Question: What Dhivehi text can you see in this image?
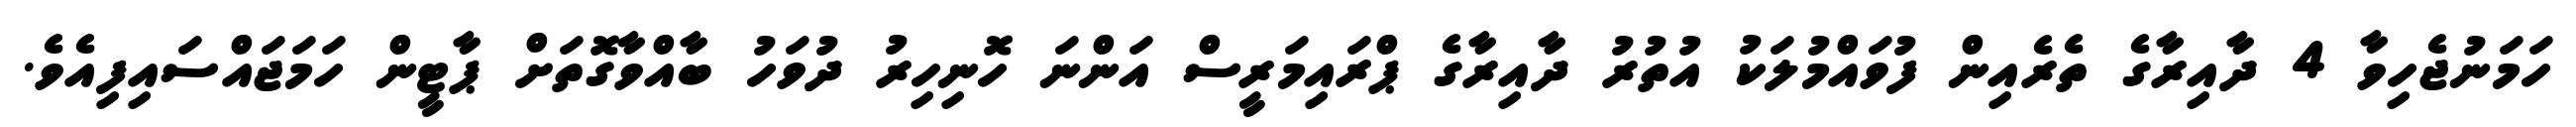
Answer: ހަމަނުޖެހިވާ 4 ދާއިރާގެ ތެރެއިން ފުވައްމުލަކު އުތުރު ދާއިރާގެ ޕްރައިމަރީސް އަންނަ ހޮނިހިރު ދުވަހު ބާއްވާގޮތަށް ޕާޓީން ހަމަޖައްސައިފިއެވެ.